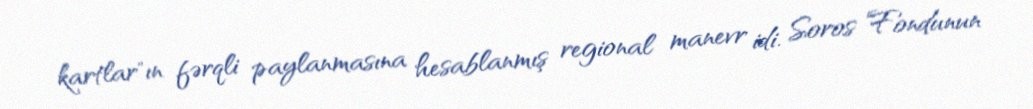
kartlar"ın fərqli paylanmasına hesablanmış regional manevr idi. Soros Fondunun